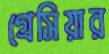
গ্রেসিয়ার